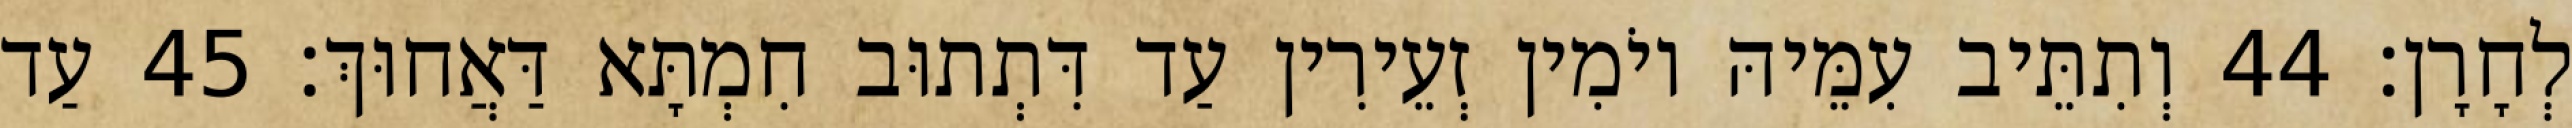
לְחָרָן׃ 44 וְתִתֵּיב עִמֵּיהּ יוֹמִין זְעֵירִין עַד דִּתְתוּב חִמְתָּא דַּאֲחוּךְ׃ 45 עַד